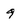
Character: 9